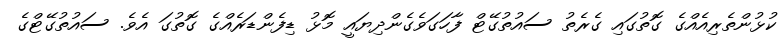
ކުޅުންތެރިއެއްގެ ގޮތުގައި ގެރެތު ސައުތުގޭޓް ފާހަގަވެގެންދިޔައީ މޮޅު ޑިފެންޑަރެއްގެ ގޮތުގަ އެވެ. ސައުތުގޭޓްގެ